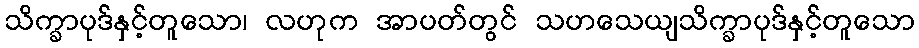
သိက္ခာပုဒ်နှင့်တူသော၊ လဟုက အာပတ်တွင် သဟသေယျသိက္ခာပုဒ်နှင့်တူသော